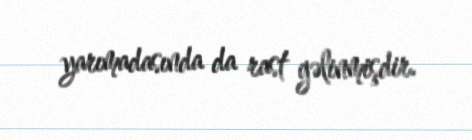
yarımadasında da rast gəlinmişdir.